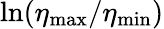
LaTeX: \ln(\eta_{\mathrm{max}}/\eta_{\mathrm{min}})